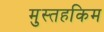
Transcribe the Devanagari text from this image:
मुस्तहकिम